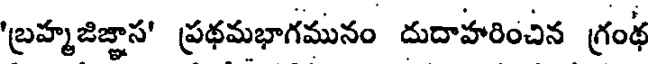
'బ్రహ్మజిజ్ఞాస' ప్రథమభాగమునం దుదాహరించిన గ్రంథ